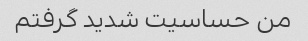
من حساسیت شدید گرفتم